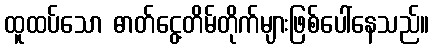
ထူထပ်သော ဓာတ်ငွေ့တိမ်တိုက်များဖြစ်ပေါ်နေသည်။